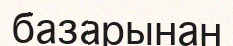
базарынан